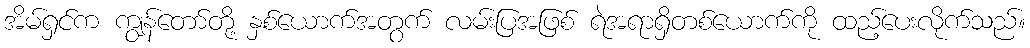
အိမ်ရှင်က ကျွန်တော်တို့ နှစ်ယောက်အတွက် လမ်းပြအဖြစ် ရဲအရာရှိတစ်ယောက်ကို ထည့်ပေးလိုက်သည်။